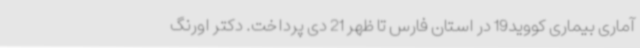
آماری بیماری کووید19 در استان فارس تا ظهر 21 دی پرداخت. دکتر اورنگ